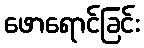
ဖောရောင်ခြင်း